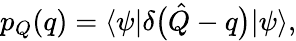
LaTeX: \begin{array}{r}{p_{Q}(q)=\langle\psi|\delta\bigl(\hat{Q}-q\bigr)|\psi\rangle,}\end{array}